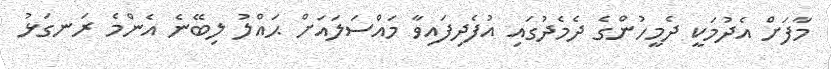
މާފަށް އެދުމަކީ ދެމީހުންގެ ދެމެދުގައި އުފެދިފައިވާ މައްސަލައަށް ޙައްލު ލިބޭނެ އެންމެ ރަނގަޅު